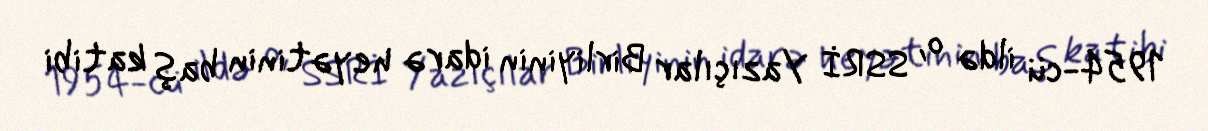
1954-cü ildə o, SSRİ Yazıçılar Birliyinin idarə heyətinin baş katibi